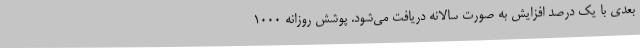
بعدی با یک درصد افزایش به صورت سالانه دریافت می‌شود. پوشش روزانه 1000